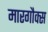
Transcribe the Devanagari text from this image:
मारगौक्स